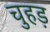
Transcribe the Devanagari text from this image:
चुहड़